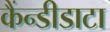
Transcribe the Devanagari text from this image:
कैंन्डीडाटा